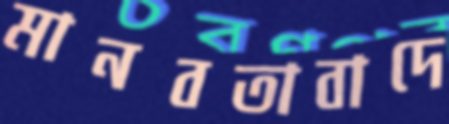
মানবতাবাদে